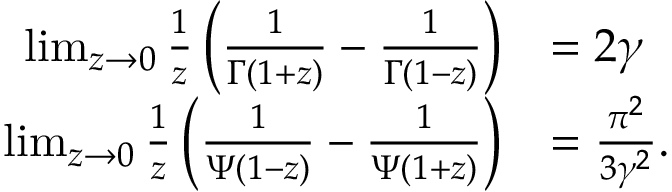
{ \begin{array} { r l } { \operatorname* { l i m } _ { z \to 0 } { \frac { 1 } { z } } \left( { \frac { 1 } { \Gamma ( 1 + z ) } } - { \frac { 1 } { \Gamma ( 1 - z ) } } \right) } & { = 2 \gamma } \\ { \operatorname* { l i m } _ { z \to 0 } { \frac { 1 } { z } } \left( { \frac { 1 } { \Psi ( 1 - z ) } } - { \frac { 1 } { \Psi ( 1 + z ) } } \right) } & { = { \frac { \pi ^ { 2 } } { 3 \gamma ^ { 2 } } } . } \end{array} }